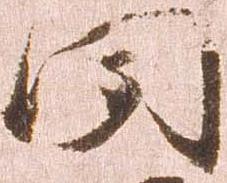
聞